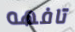
تافهه